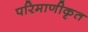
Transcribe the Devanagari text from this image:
परिमाणीकृत